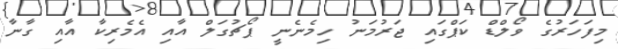
މިފަހަރުގެ ވޯލްޑް ކަޕްގައި ޖަރުމަނު ހިމެނެނީ ޕޯޗުގަލް އާއި އެމެރިކާ އާއި ގާނާ